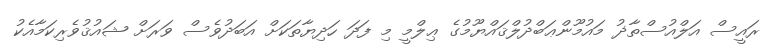
ރައީސް އަލްއުސްތާޛު މައުމޫންޢަބްދުލްޤައްޔޫމުގެ ޢިލްމީ މި ފަދަ ހަދިޔާތަކަށް އަބަދުވެސް ވަރަށް ޝައުޤުވެރިކަމާއެކު